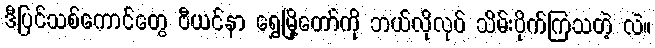
ဒီပြင်သစ်ကောင်တွေ ဗီယင်နာ ရွှေမြို့တော်ကို ဘယ်လိုလုပ် သိမ်းပိုက်ကြသတဲ့ လဲ။